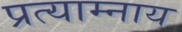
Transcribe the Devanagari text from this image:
प्रत्याम्नाय